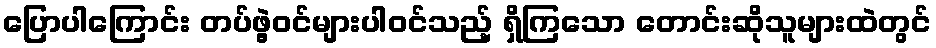
ပြောပါကြောင်း တပ်ဖွဲ့ဝင်များပါဝင်သည့် ရှိကြသော တောင်းဆိုသူများထဲတွင်